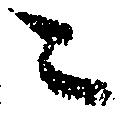
ニ